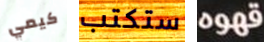
كيمي ستكتب قهوه